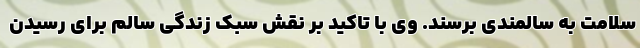
سلامت به سالمندی برسند. وی با تاکید بر نقش سبک زندگی سالم برای رسیدنِ